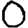
Digit: 0